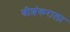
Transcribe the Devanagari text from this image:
श्रीशंकराला